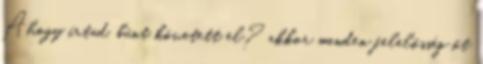
Ahogy írtad. bűnt követett el? akkor minden felelősség őt